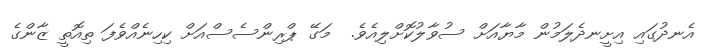
އެނދުގައި އިށީނދެލަމުން މާޔާއަށް ސުވާލުކޮށްލިއެވެ.  މަގޭ ޕްރިންސެސްއަށް ކިހިނެއްވެފަ ތިއޮތީ ޒާންގެ